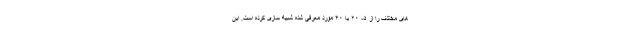
های مختلف را از ۵، ۲۰ یا ۴۰ مورد معرفی شده شبیه سازی کرده است. این